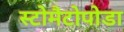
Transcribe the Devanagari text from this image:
स्टोमैटोपोडा